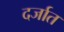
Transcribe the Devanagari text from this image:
दर्जात